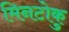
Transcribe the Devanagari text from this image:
मिनटोकु